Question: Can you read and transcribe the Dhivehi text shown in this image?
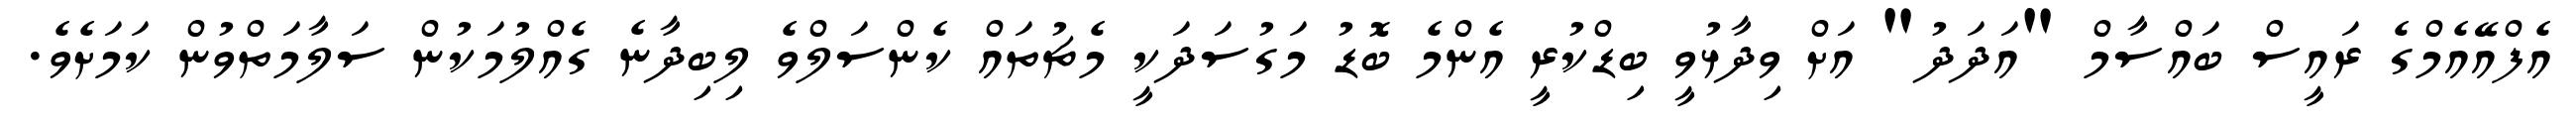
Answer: އެފްއޭއެމްގެ ރައީސް ބައްސާމް "އަދަދު" އަށް ވިދާޅުވީ ބިޑްކުރީ އެންމެ ބޮޑު މަގުސަދަކީ މެޗުތައް ކެންސަލްވެ ލިބިދާނެ ގެއްލުމަކުން ސަލާމަތްވުން ކަމަށެވެ.